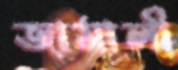
জামালী